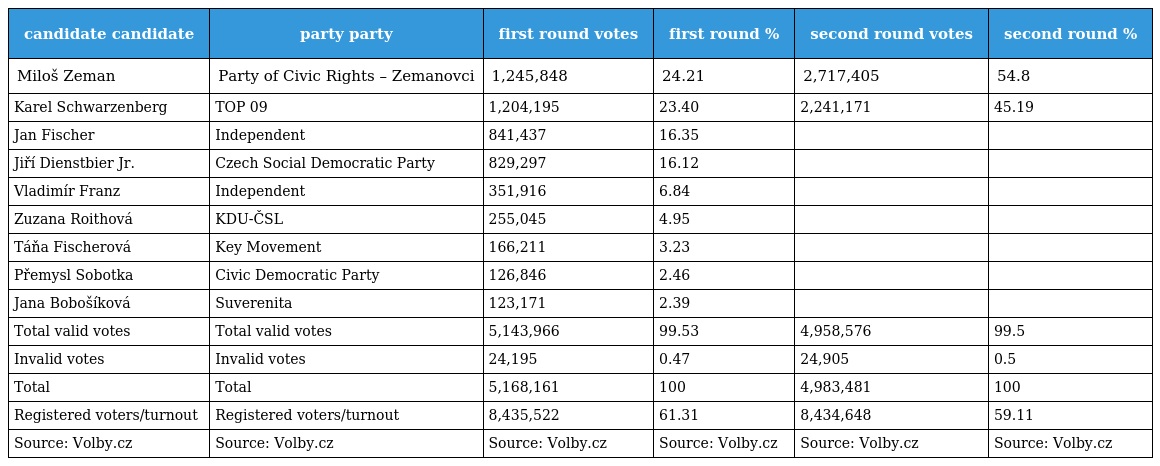
| candidate candidate | party party | first round votes | first round % | second round votes | second round % |
 | --- | --- | --- | --- | --- | --- |
 | Miloš Zeman | Party of Civic Rights – Zemanovci | 1,245,848 | 24.21 | 2,717,405 | 54.8 |
 | Karel Schwarzenberg | TOP 09 | 1,204,195 | 23.40 | 2,241,171 | 45.19 |
 | Jan Fischer | Independent | 841,437 | 16.35 |  |  |
 | Jiří Dienstbier Jr. | Czech Social Democratic Party | 829,297 | 16.12 |  |  |
 | Vladimír Franz | Independent | 351,916 | 6.84 |  |  |
 | Zuzana Roithová | KDU-ČSL | 255,045 | 4.95 |  |  |
 | Táňa Fischerová | Key Movement | 166,211 | 3.23 |  |  |
 | Přemysl Sobotka | Civic Democratic Party | 126,846 | 2.46 |  |  |
 | Jana Bobošíková | Suverenita | 123,171 | 2.39 |  |  |
 | Total valid votes | Total valid votes | 5,143,966 | 99.53 | 4,958,576 | 99.5 |
 | Invalid votes | Invalid votes | 24,195 | 0.47 | 24,905 | 0.5 |
 | Total | Total | 5,168,161 | 100 | 4,983,481 | 100 |
 | Registered voters/turnout | Registered voters/turnout | 8,435,522 | 61.31 | 8,434,648 | 59.11 |
 | Source: Volby.cz | Source: Volby.cz | Source: Volby.cz | Source: Volby.cz | Source: Volby.cz | Source: Volby.cz |